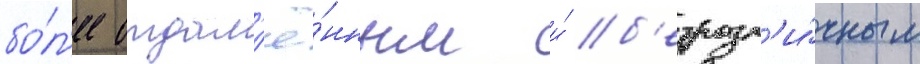
бо́л'ее отдал'ё́нным и́ б'езразл'и́чным